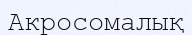
Акросомалық